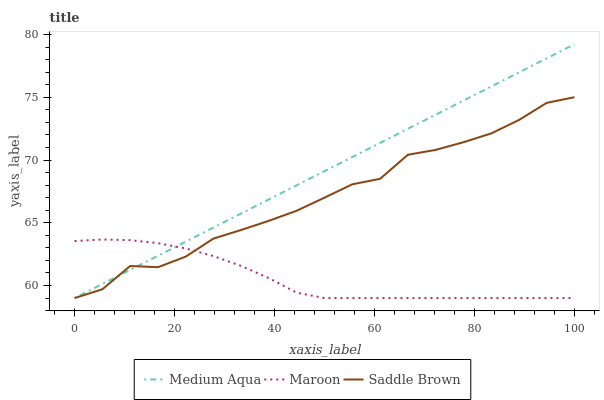
| xaxis_label | Medium Aqua | Maroon | Saddle Brown |
 | --- | --- | --- | --- |
 | 0 | 59 | 63.5 | 59 |
 | 5.56 | 60.1 | 63.7 | 59.7 |
 | 11.1 | 61.2 | 63.6 | 61.6 |
 | 16.7 | 62.4 | 63.4 | 61.5 |
 | 22.2 | 63.5 | 63 | 62.3 |
 | 27.8 | 64.6 | 62.3 | 63.7 |
 | 33.3 | 65.7 | 61.6 | 64.4 |
 | 38.9 | 66.9 | 60.6 | 65.2 |
 | 44.4 | 68 | 59.4 | 66 |
 | 50 | 69.1 | 59 | 67 |
 | 55.6 | 70.2 | 59 | 68.1 |
 | 61.1 | 71.4 | 59 | 68.5 |
 | 66.7 | 72.5 | 59 | 70.4 |
 | 72.2 | 73.6 | 59 | 70.8 |
 | 77.8 | 74.7 | 59 | 71.4 |
 | 83.3 | 75.9 | 59 | 72.1 |
 | 88.9 | 77 | 59 | 73.2 |
 | 94.4 | 78.1 | 59 | 74.6 |
 | 100 | 79.2 | 59 | 75 |